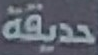
حديقة